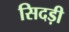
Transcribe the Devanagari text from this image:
सिदड़ी